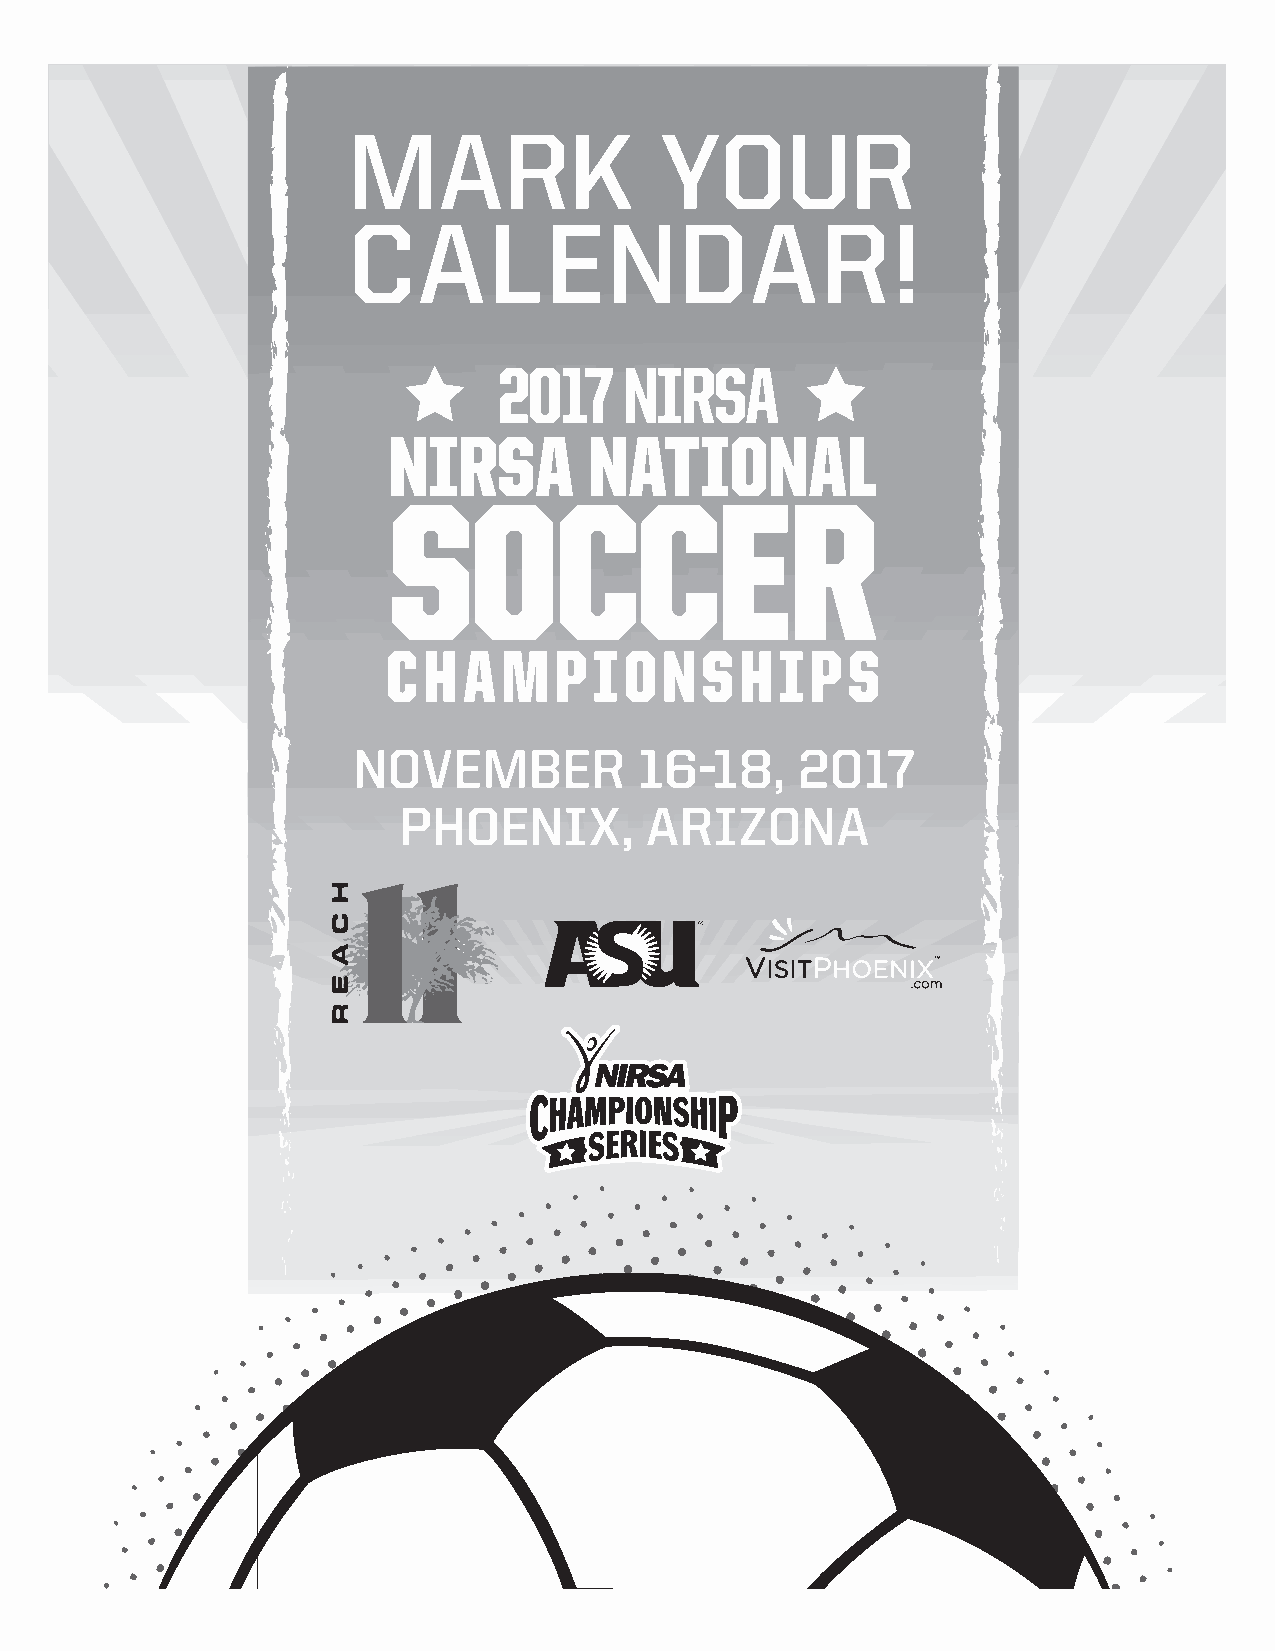
MARK                 YOUR
 CALENDAR!
 2017    NIRSA
 NIRSA        NATIONAL
 SOCCER
 CHAMP        IONSHIPS
 NOVEMBER           16-18,     2017
 PHOENIX,         ARIZONA